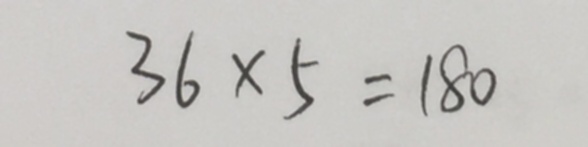
3 6 \times 5 = 1 8 0